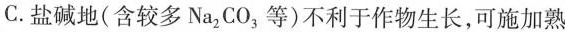
C. 盐碱地(含较多Na_{2}CO_{3}等)不利于作物生长，可施加熟